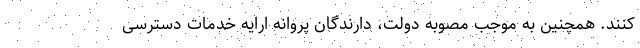
کنند. همچنین به موجب مصوبه دولت، دارندگان پروانه ارایه خدمات دسترسی